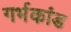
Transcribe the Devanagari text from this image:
गर्भकांड